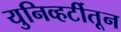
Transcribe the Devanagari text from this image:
युनिव्हर्टीतून